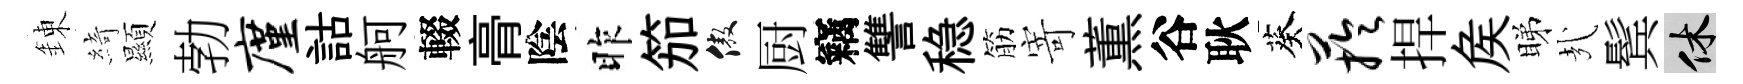
錬綺顯勃廑詁舸輟𮌔陰昨笳傲厨竊讐稳筋寄薫谷耿葵芋捍矦睇㢤鬂休